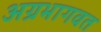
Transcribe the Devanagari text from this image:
अग्रभागवत